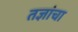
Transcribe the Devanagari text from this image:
तज्ञांचा